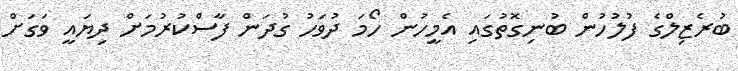
ބުރެޒިލްގެ ފުލުހުން ބުނިގޮތުގައި އެމީހުން ހޯމަ ދުވަހު ގުދަން ފާސްކުރުމަށް ދިޔައީ ވަގަށް